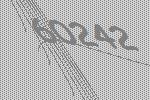
60242